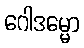
ဂေါဒမ္မော